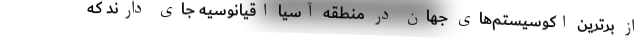
از برترین اکوسیستم‌های جهان در منطقه آسیا اقیانوسیه جای دارند که